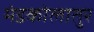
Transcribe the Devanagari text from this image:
मंडकोलातुर